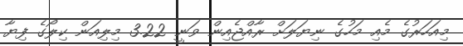
މިއަހަރުގެ މެއި މަހުގެ ނިޔަލަށް ރާއްޖެއިން ވަނީ 3.22 މިލިއަން ކިލޯގެ ފިޔާ